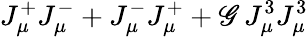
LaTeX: J_{\mu}^{+}J_{\mu}^{-}+J_{\mu}^{-}J_{\mu}^{+}+\mathscr{G}\, J_{\mu}^{3}J_{\mu}^{3}